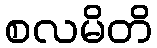
စလမိတိ